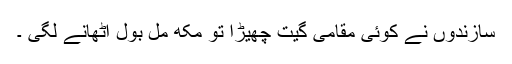
سازندوں نے کوئی مقامی گیت چھیڑا تو مکھ مل بول اٹھانے لگی ۔